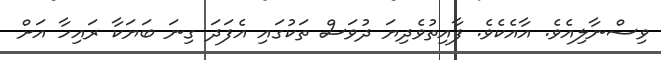
ވިސްނާލިއެވެ. އާއެކެވެ. ފާއިތުވެދިޔަ ދުވަސް ތަކުގައި އެފަދަ ގިނަ ބަޔަކާ ރައިހާ އަށް